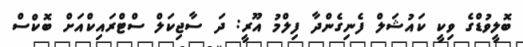
ބޮލީވުޑްގެ ވިކީ ކައުޝަލް ފެނިގެންދާ ފިލްމު އޫރީ: ދަ ސާޖިކަލް ސްޓްރައިކްއަށް ބޮކްސް